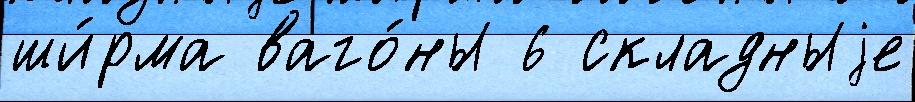
ши́рма ваго́ны 6 складныjе